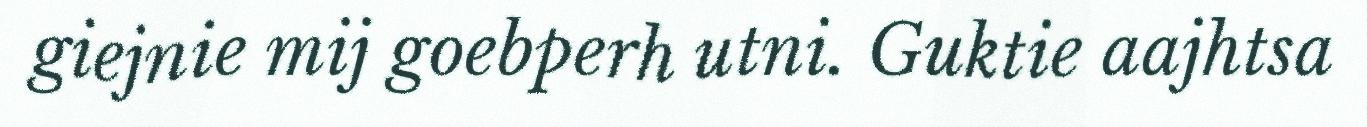
giejnie mij goebperh utni. Guktie aajhtsa